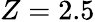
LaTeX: Z=2.5